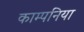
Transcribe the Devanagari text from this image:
काम्पनिया